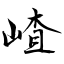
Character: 嵖